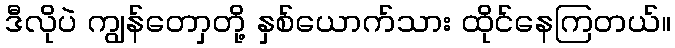
ဒီလိုပဲ ကျွန်တောှတို့ နှစ်ယောက်သား ထိုင်နေကြတယ်။